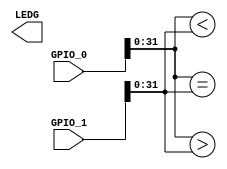
module DemoCmpZelg
(
	//Clock Input
//	input [1:0] CLOCK_24,  // 24 MHz
//	input [1:0] CLOCK_27,  // 27 MHz
//	input       CLOCK_50,  // 50 MHz
//	input       EXT_CLOCK, // External Clock

	// Push Button
//	input [3:0] BUTTONS, // Active - LOW

	// DPDT Switch
//	input [9:0] SW, // Active - HIGH
	
	// LED, Active - HIGH
//	output [9:0] LEDR,
	output [7:0] LEDG,


	//7-SEG Dispaly, Active - LOW
//	output [6:0] HEX0,
//	output [6:0] HEX1,
//	output [6:0] HEX2,
//	output [6:0] HEX3,

	// UART
//	output UART_TXD,
//	input  UART_RXD,

	// VGA
//	output VGA_HS,      // VGA H_SYNC
//	output VGA_VS,      // VGA V_SYNC
//	output [3:0] VGA_R, // VGA Red[3:0]
//	output [3:0] VGA_G, // VGA Green[3:0]
//	output [3:0] VGA_B, // VGA Blue[3:0]

	// Audio CODEC
//	inout  AUD_ADCLRCK, // ADC LR Clock
//	input  AUD_ADCDAT,  // ADC Data
//	inout  AUD_DACLRCK, // DAC LR Clock
//	output AUD_DACDAT,  // DAC Data
//	inout  AUD_BCLK,    // Bit-Stream Clock
//	output AUD_XCK,     // Chip Clock

	// SRAM Interface
//	inout  [15:0] SRAM_DQ,   // Data bus 16 Bits
//	output [17:0] SRAM_ADDR, // Address bus 18 Bits
//	output SRAM_UB_N,        // High-byte Data Mask 
//	output SRAM_LB_N,        // Low-byte Data Mask 
//	output SRAM_WE_N,        // Write Enable
//	output SRAM_CE_N,        // Chip Enable
//	output SRAM_OE_N,        // Output Enable

	// SDRAM
//	inout  [15:0] DRAM_DQ,   // SDRAM Data bus 16 Bits
//	output [11:0] DRAM_ADDR, // SDRAM Address bus 12 Bits
//	output DRAM_LDQM,        // SDRAM Low-byte Data Mask 
//	output DRAM_UDQM,        // SDRAM High-byte Data Mask
//	output DRAM_WE_N,        // SDRAM Write Enable
//	output DRAM_CAS_N,       // SDRAM Column Address Strobe
//	output DRAM_RAS_N,       // SDRAM Row Address Strobe
//	output DRAM_CS_N,        // SDRAM Chip Select
//	output DRAM_BA_0,        // SDRAM Bank Address 0
//	output DRAM_BA_1,        // SDRAM Bank Address 0
//	output DRAM_CLK,         // SDRAM Clock
//	output DRAM_CKE,         // SDRAM Clock Enable

	// Flash Interface
//	inout  [7:0]  FL_DQ,   // Data bus 8 Bits
//	output [21:0] FL_ADDR, // Address bus 22 Bits
//	output FL_WE_N,        // Write Enable
//	output FL_RST_N,       // Reset
//	output FL_OE_N,        // Output Enable
//	output FL_CE_N,        // Chip Enable
	
	// SD Card Interface
//	inout  SD_DAT,  //Data
//	inout  SD_DAT3, //Data 3
//	inout  SD_CMD,  //Command Signal
//	output SD_CLK,  //Clock
	
	// I2C
//	inout  I2C_SDAT,
//	output I2C_SCLK,

	// PS2
//	input PS2_DAT,
//	input PS2_CLK,

	// USB JTAG link
//	input  TDI, // CPLD -> FPGA (data in)
//	input  TCK, // CPLD -> FPGA (clk)
//	input  TCS, // CPLD -> FPGA (CS)
//	output TDO, // FPGA -> CPLD (data out)

	// GPIO
	input[35:0] GPIO_0, // GPIO Connection 0
	input[35:0] GPIO_1  // GPIO Connection 1
);

wire [31:0] wv_x = GPIO_0[31:0];
wire [31:0] wv_y = GPIO_1[31:0];

assign LEDG[3] = wv_x == wv_y;
assign LEDG[2] = wv_x > wv_y;
assign LEDG[1] = wv_x < wv_y;

//CmpZelg #(.p_WIDTH(32)) cmp0(.iv_x(wv_x), .iv_y(wv_y), .o_zero(LEDG[3]), .o_equal(LEDG[2]), .o_less(LEDG[1]), .o_greater(LEDG[0]));

endmodule